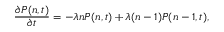
\frac { \partial P ( n , t ) } { \partial t } = - \lambda n P ( n , t ) + \lambda ( n - 1 ) P ( n - 1 , t ) ,